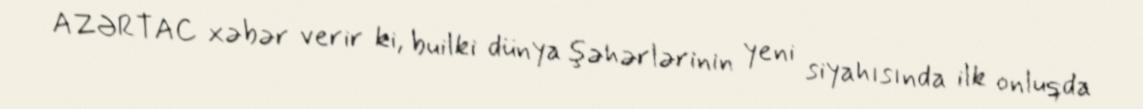
AZƏRTAC xəbər verir ki, builki dünya şəhərlərinin yeni siyahısında ilk onluqda